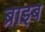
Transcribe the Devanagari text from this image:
ब्राइब